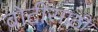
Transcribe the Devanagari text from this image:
बोटीसाठी